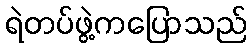
ရဲတပ်ဖွဲ့ကပြောသည်